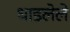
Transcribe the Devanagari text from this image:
धाडलेले